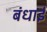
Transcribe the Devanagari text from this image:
बंधाई